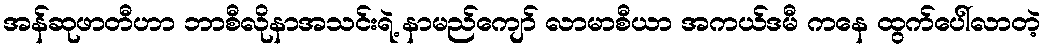
အန်ဆုဖာတီဟာ ဘာစီလိုနာအသင်းရဲ့ နာမည်ကျော် လာမာစီယာ အကယ်ဒမီ ကနေ ထွက်ပေါ်လာတဲ့